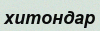
хитондар